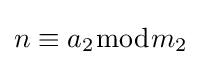
n\equiv a_{2}{\bmod {m}}_{2}